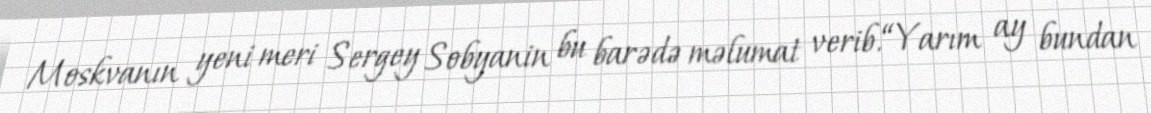
Moskvanın yeni meri Sergey Sobyanin bu barədə məlumat verib.“Yarım ay bundan